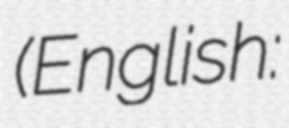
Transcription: (English: